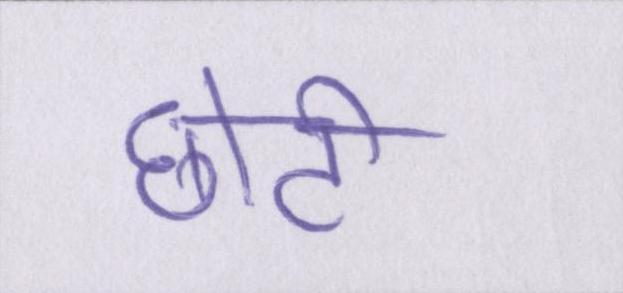
छोटी